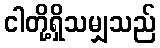
ငါတို့ရှိသမျှသည်